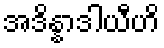
အဒိန္နာဒါယီဟိ